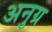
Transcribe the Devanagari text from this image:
अनुग्र